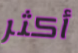
أكثر